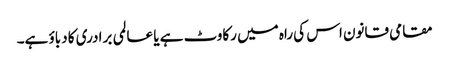
مقامی قانون اس کی راہ میں رکاوٹ ہے یا عالمی برادری کا دباؤ ہے۔